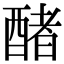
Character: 醏